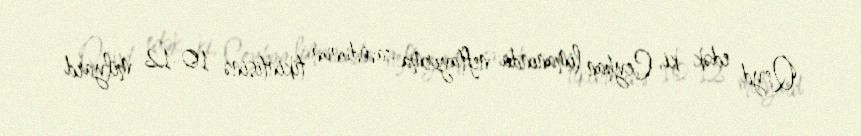
Qeyd edək ki, Ceyhan limanında neftayırma zavodunun tikintisinə 10-12 milyard